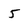
Character: 5